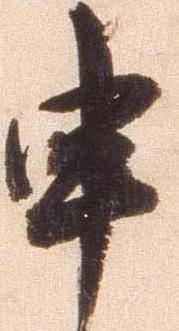
申